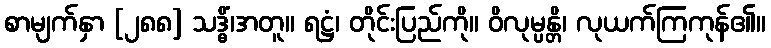
စာမျက်နှာ [၂၈၈] သဒ္ဓိံ၊အတူ။ ရဋ္ဌံ၊ တိုင်းပြည်ကို။ ဝိလုမ္ပန္တိ၊ လုယက်ကြကုန်၏။